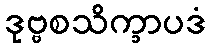
ဒုဗ္ဗစသိက္ခာပဒံ